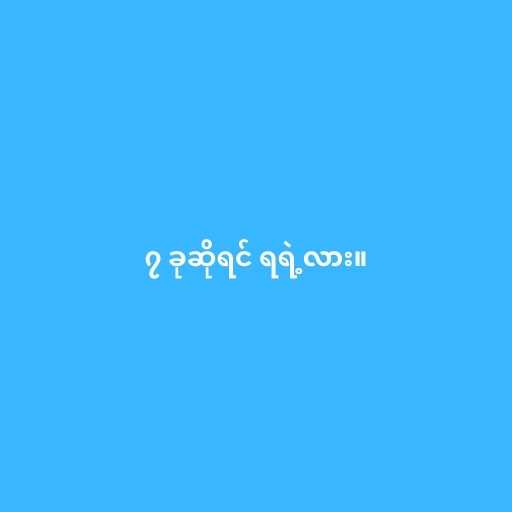
၇ ခုဆိုရင် ရရဲ့လား။